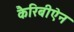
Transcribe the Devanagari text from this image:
कैरिबीऐन